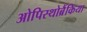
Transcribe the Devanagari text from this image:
ओपिस्थोब्रैंकिया